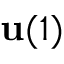
\mathbf { u } ( 1 )